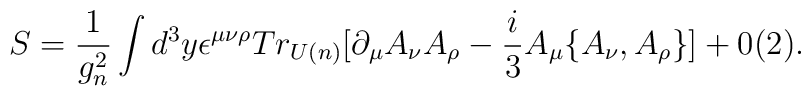
S=\frac{1}{g^2_n}\int d^{3}y\epsilon^{\mu\nu\rho}Tr_{U(n)}\lbrack\partial_{\mu}A_{\nu}A_{\rho}-\frac{i}{3}A_{\mu}\{A_{\nu},A_{\rho}\}\rbrack+ 0(2).